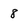
Character: 8